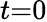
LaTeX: t{=}0